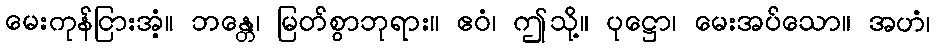
မေးကုန်ငြားအံ့။ ဘန္တေ၊ မြတ်စွာဘုရား။ ဧဝံ၊ ဤသို့။ ပုဋ္ဌော၊ မေးအပ်သော။ အဟံ၊